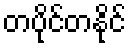
တပိုင်တနိုင်